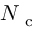
N _ { \mathrm { ~ c ~ } }